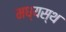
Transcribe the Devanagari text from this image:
मध्‍यस्‍थ